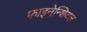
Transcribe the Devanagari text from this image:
फाइनेन्शियल